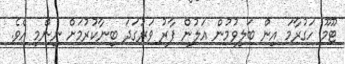
ޓޫމޫ ހަގުރާމަ އިން ބަލިވުމުން އަލުން ފާރު ވަރުގަދަ ބިނާކުރުމަށް ނިންމި އެވެ.